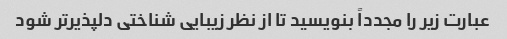
عبارت زیر را مجدداً بنویسید تا از نظر زیبایی شناختی دلپذیرتر شود